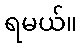
ရမယ်။